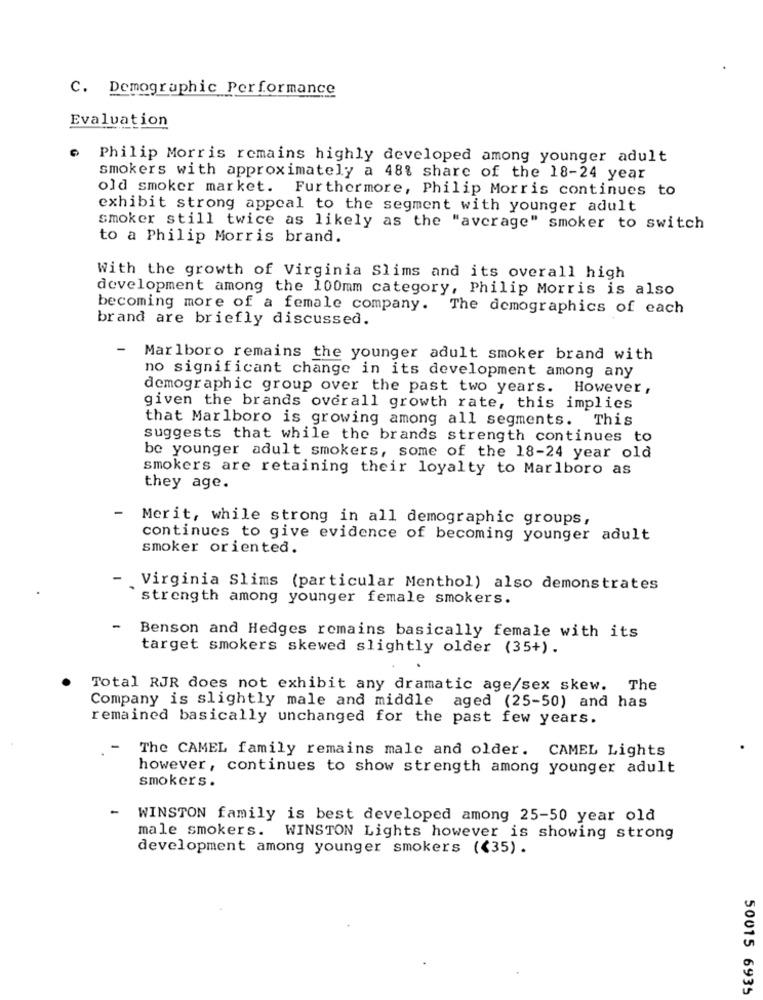
C. Demographic Performance
Evaluation
Philip Morris remains highly developed among younger adult
smokers with approximately a 48% share of the 18-24 year
old smoker market. Furthermore, Philip Morris continues to
exhibit strong appeal to the segment with younger adult
smoker still twice as likely as the "average" smoker to switch
to a Philip Morris brand.
With the growth of Virginia Slims and its overall high
development among the 100mm category, Philip Morris is also
becoming more of a female company. The demographics of each
brand are briefly discussed.
-
Marlboro remains the younger adult smoker brand with
no significant change in its development among any
demographic group over the past two years. However ,
given the brands overall growth rate, this implies
that Marlboro is growing among all segments. This
suggests that while the brands strength continues to
be younger adult smokers, some of the 18-24 year old
smokers are retaining their loyalty to Marlboro as
they age.
Merit, while strong in all demographic groups,
continues to give evidence of becoming younger adult
smoker oriented.
Virginia Slims (particular Menthol) also demonstrates
strength among younger female smokers.
Benson and Hedges remains basically female with its
target smokers skewed slightly older (35+).
Total RJR does not exhibit any dramatic age/sex skew. The
Company is slightly male and middle aged (25-50) and has
remained basically unchanged for the past few years.
The CAMEL family remains male and older. CAMEL Lights
however, continues to show strength among younger adult
smokers.
WINSTON family is best developed among 25-50 year old
male smokers.
WINSTON Lights however is showing strong
development among younger smokers (<35) .
50015 6935